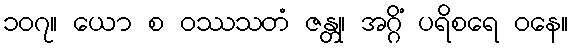
၁၀၇။ ယော စ ဝဿသတံ ဇန္တု၊ အဂ္ဂိံ ပရိစရေ ဝနေ။